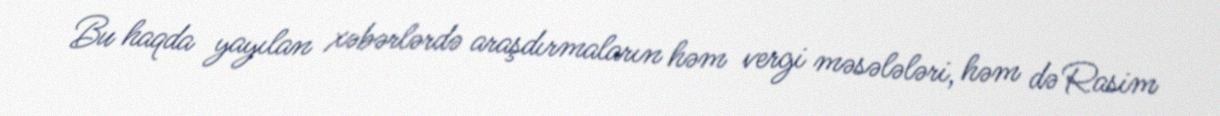
Bu haqda yayılan xəbərlərdə araşdırmaların həm vergi məsələləri, həm də Rasim